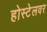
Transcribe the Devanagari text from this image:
होस्टेलवर